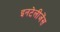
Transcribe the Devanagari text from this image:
इनटेलीजेंस